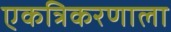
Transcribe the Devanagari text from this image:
एकत्रिकरणाला